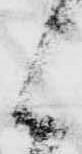
候